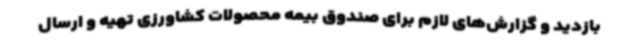
بازدید و گزارش‌های لازم برای صندوق بیمه محصولات کشاورزی تهیه و ارسال